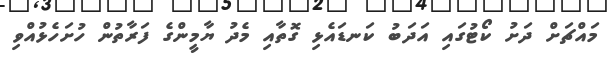
މައްޗަށް ދަށު ކޯޓުގައި އަދަބު ކަނޑައެޅި ގޮތާއި މެދު ޔާމީންގެ ފަރާތުން ހުށަހެޅުއްވި